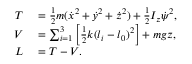
\begin{array} { r l } { T } & { { } = \frac { 1 } { 2 } m ( \dot { x } ^ { 2 } + \dot { y } ^ { 2 } + \dot { z } ^ { 2 } ) + \frac { 1 } { 2 } I _ { z } \dot { \psi } ^ { 2 } , } \\ { V } & { { } = \sum _ { i = 1 } ^ { 3 } \left[ \frac { 1 } { 2 } k ( l _ { i } - l _ { 0 } ) ^ { 2 } \right] + m g z , } \\ { L } & { { } = T - V . } \end{array}